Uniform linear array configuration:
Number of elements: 12
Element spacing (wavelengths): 0.5
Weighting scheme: cosine
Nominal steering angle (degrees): -60
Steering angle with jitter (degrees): -59.467
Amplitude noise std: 0.05
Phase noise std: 0.05

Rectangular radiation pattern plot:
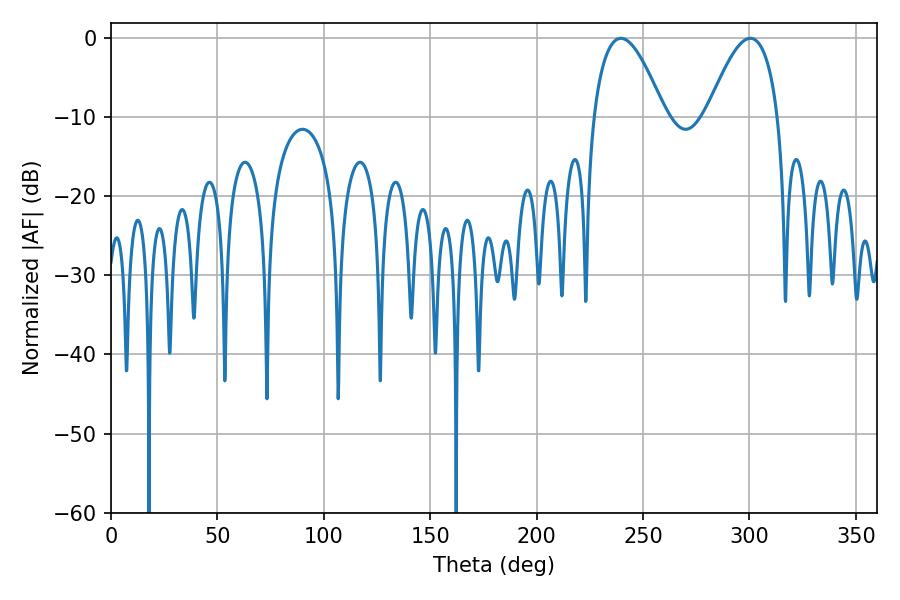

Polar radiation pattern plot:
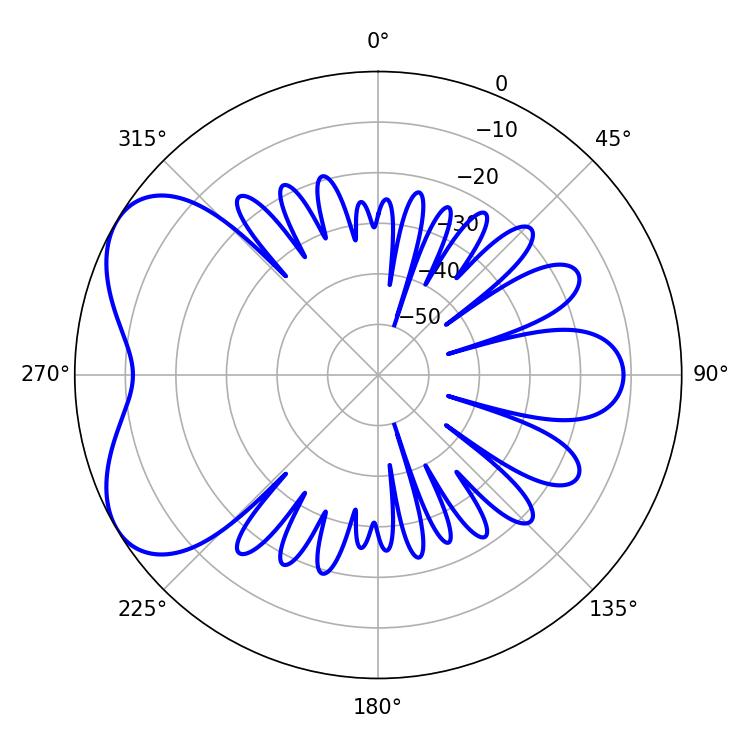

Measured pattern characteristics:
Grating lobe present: FALSE
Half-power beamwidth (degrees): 18.18
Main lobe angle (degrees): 239.58